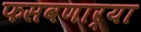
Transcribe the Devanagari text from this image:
फसवणार्‍या